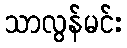
သာလွန်မင်း